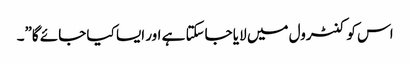
اس کو کنٹرول میں لایا جاسکتا ہے اور ایسا کیا جائے گا”۔